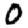
Digit: 0